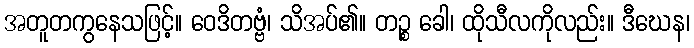
အတူတကွနေသဖြင့်။ ဝေဒိတဗ္ဗံ၊ သိအပ်၏။ တဉ္စ ခေါ၊ ထိုသီလကိုလည်း။ ဒီဃေန၊